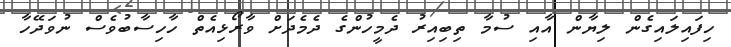
ހިފައިލައިގެން ލިޔާން އާއި ސުމާ ތިބިއިރު ދެމީހުންގެ ދެމެދަށް ވާރޯޅިއެތް ހާހިސާބުވެސް ނުވަދޭހާ